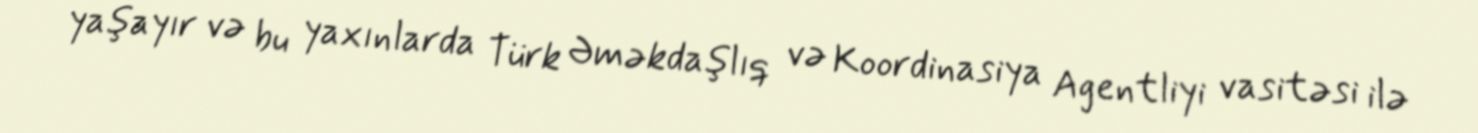
yaşayır və bu yaxınlarda Türk Əməkdaşlıq və Koordinasiya Agentliyi vasitəsi ilə